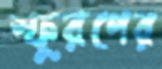
স্ফুরণের